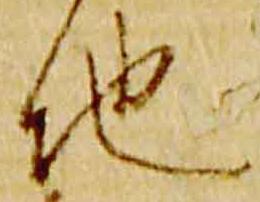
地